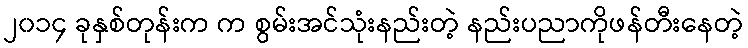
၂၀၁၄ ခုနှစ်တုန်းက က စွမ်းအင်သုံးနည်းတဲ့ နည်းပညာကိုဖန်တီးနေတဲ့